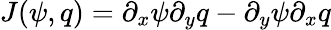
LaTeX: J(\psi,q)=\partial_{x}\psi\partial_{y}q-\partial_{y}\psi\partial_{x}q